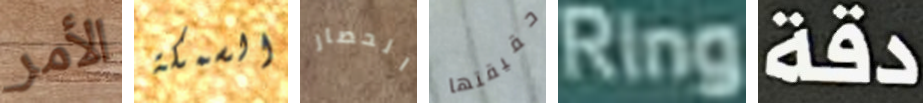
الأمر السمكة الحصار حقيقتها Ring دقة